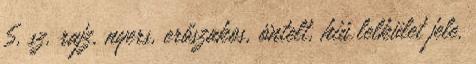
5. sz. rajz, nyers, erőszakos, öntelt, hiú lelkület jele.